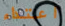
اعتداء